Annual vaccination report of Bihar and Orissa - 1911-1928
Year: 1911
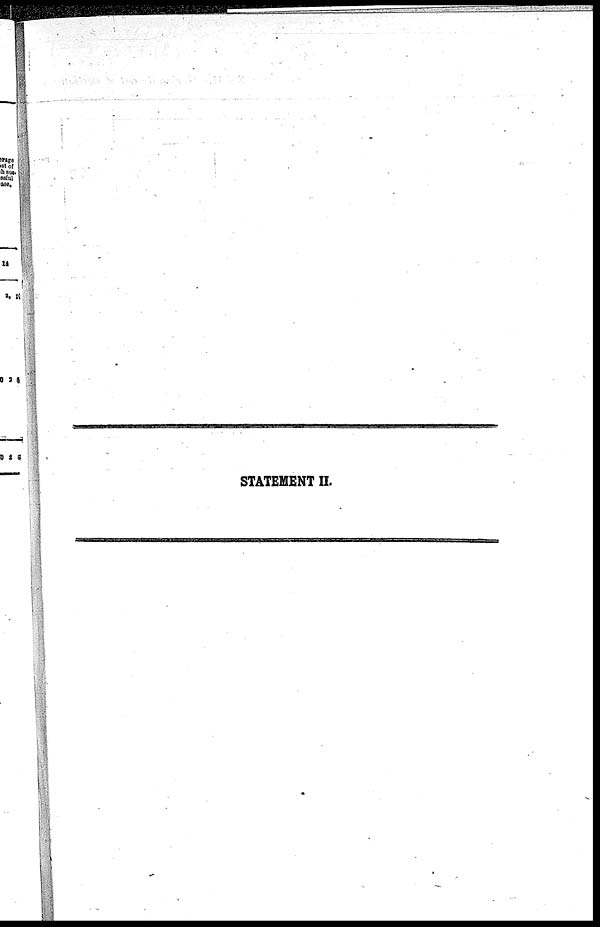
STATEMENT II.